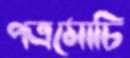
পত্রমোচি